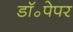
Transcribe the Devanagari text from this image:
डॉ॰पेपर